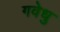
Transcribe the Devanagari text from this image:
गवेधु